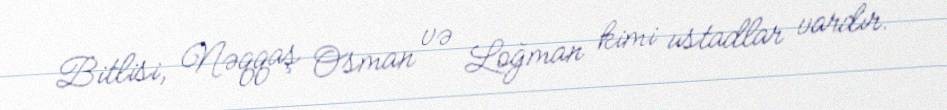
Bitlisi, Nəqqaş Osman və Loğman kimi ustadlar vardır.